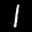
Label: 1